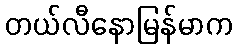
တယ်လီနောမြန်မာက